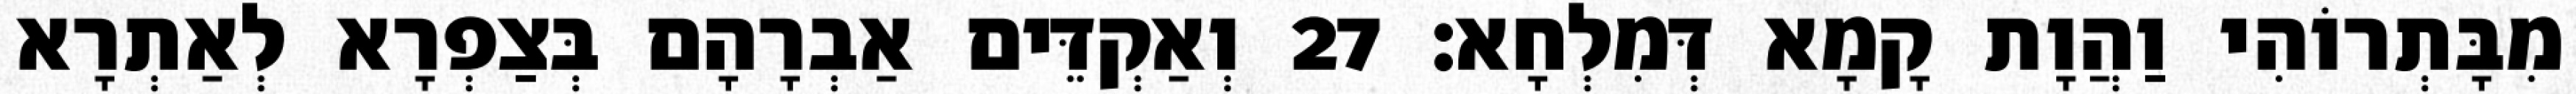
מִבָּתְרוֹהִי וַהֲוָת קָמָא דְּמִלְחָא׃ 27 וְאַקְדֵּים אַבְרָהָם בְּצַפְרָא לְאַתְרָא